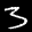
Label: 3